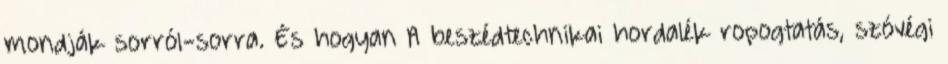
mondják sorról-sorra. És hogyan A beszédtechnikai hordalék ropogtatás, szóvégi